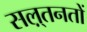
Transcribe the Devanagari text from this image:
सल़्तनतों